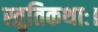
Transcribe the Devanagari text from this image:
स्तुतिकथाः।